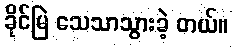
ခိုင်မြဲ သေသာသွားခဲ့ တယ်။